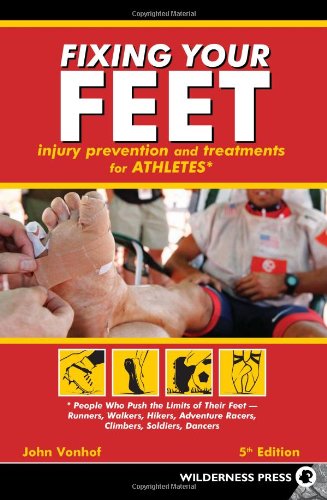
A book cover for Fixing Your Feet: Prevention and Treatments for Athletes; John Vonhof; Medical Books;